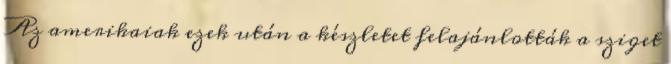
Az amerikaiak ezek után a készletet felajánlották a sziget